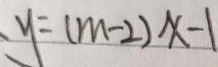
y = ( m - 2 ) x - 1